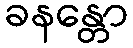
ခနန္တော